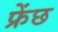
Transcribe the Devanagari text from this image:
फ्रेंछ